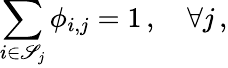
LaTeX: \sum_{i\in\mathscr{S}_{j}}\phi_{i,j}=1\, ,\quad\forall j\, ,